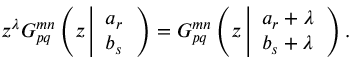
z ^ { \lambda } G _ { p q } ^ { m n } \left( z \left| \begin{array} { l } { { a _ { r } } } \\ { { b _ { s } } } \end{array} \right. \right) = G _ { p q } ^ { m n } \left( z \left| \begin{array} { l } { { a _ { r } + \lambda } } \\ { { b _ { s } + \lambda } } \end{array} \right. \right) .